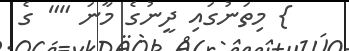
} މިތަނުގައި ދީނުގެ މާނަ "" ގެ